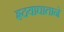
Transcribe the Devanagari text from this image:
हृदयाघाताने